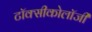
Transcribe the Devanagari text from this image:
टॉक्सीकोलॉजी